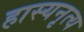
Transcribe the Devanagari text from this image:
हास्यनृत्य